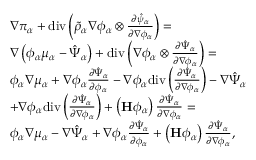
\begin{array} { r l } & { \nabla \pi _ { \alpha } + \mathrm { d i v } \left( \tilde { \rho } _ { \alpha } \nabla \phi _ { \alpha } \otimes \frac { \partial \hat { \psi } _ { \alpha } } { \partial \nabla \phi _ { \alpha } } \right) = } \\ & { \nabla \left( \phi _ { \alpha } \mu _ { \alpha } - \hat { \Psi } _ { \alpha } \right) + \mathrm { d i v } \left( \nabla \phi _ { \alpha } \otimes \frac { \partial \hat { \Psi } _ { \alpha } } { \partial \nabla \phi _ { \alpha } } \right) = } \\ & { \phi _ { \alpha } \nabla \mu _ { \alpha } + \nabla \phi _ { \alpha } \frac { \partial \hat { \Psi } _ { \alpha } } { \partial \phi _ { \alpha } } - \nabla \phi _ { \alpha } \mathrm { d i v } \left( \frac { \partial \hat { \Psi } _ { \alpha } } { \partial \nabla \phi _ { \alpha } } \right) - \nabla \hat { \Psi } _ { \alpha } } \\ & { + \nabla \phi _ { \alpha } \mathrm { d i v } \left( \frac { \partial \hat { \Psi } _ { \alpha } } { \partial \nabla \phi _ { \alpha } } \right) + \left( \mathbf { H } \phi _ { \alpha } \right) \frac { \partial \hat { \Psi } _ { \alpha } } { \partial \nabla \phi _ { \alpha } } = } \\ & { \phi _ { \alpha } \nabla \mu _ { \alpha } - \nabla \hat { \Psi } _ { \alpha } + \nabla \phi _ { \alpha } \frac { \partial \hat { \Psi } _ { \alpha } } { \partial \phi _ { \alpha } } + \left( \mathbf { H } \phi _ { \alpha } \right) \frac { \partial \hat { \Psi } _ { \alpha } } { \partial \nabla \phi _ { \alpha } } , } \end{array}